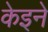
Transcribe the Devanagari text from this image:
केइने